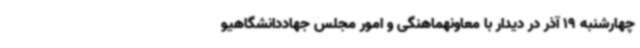
چهارشنبه 19 آذر در دیدار با معاونهماهنگی و امور مجلس جهاددانشگاهیو